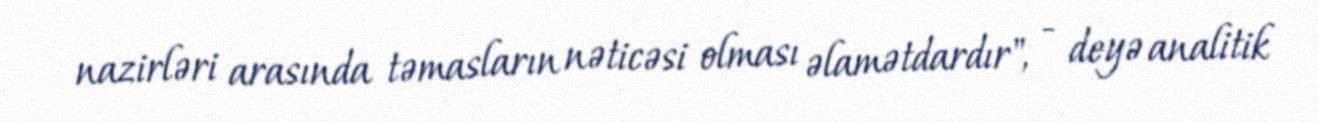
nazirləri arasında təmasların nəticəsi olması əlamətdardır", - deyə analitik